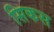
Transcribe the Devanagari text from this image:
सिकस